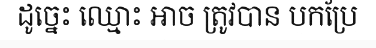
ដូច្នេះ ឈ្មោះ អាច ត្រូវបាន បកប្រែ